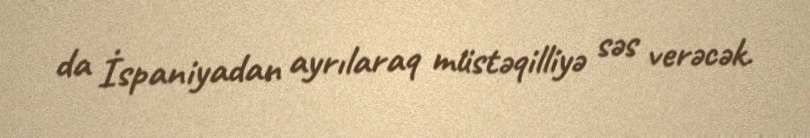
da İspaniyadan ayrılaraq müstəqilliyə səs verəcək.